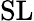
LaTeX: \mathrm{SL}